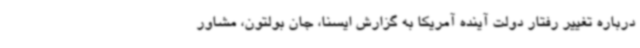
درباره تغییر رفتار دولت آینده آمریکا به گزارش ایسنا، جان بولتون، مشاور